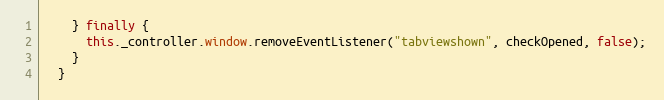
Language: JavaScript
    } finally {
      this._controller.window.removeEventListener("tabviewshown", checkOpened, false);
    }
  }